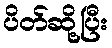
ပိတ်ဆို့ပြီး